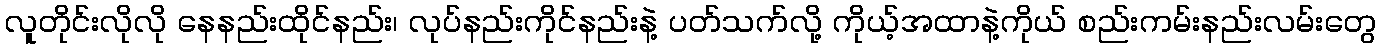
လူတိုင်းလိုလို နေနည်းထိုင်နည်း၊ လုပ်နည်းကိုင်နည်းနဲ့ ပတ်သက်လို့ ကိုယ့်အထာနဲ့ကိုယ် စည်းကမ်းနည်းလမ်းတွေ